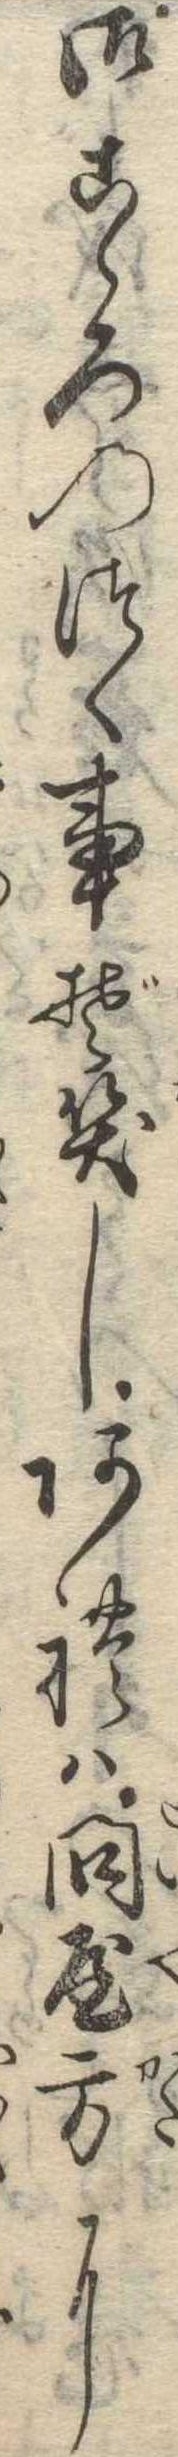
御こゝろのつく事ぞ笑しあれは問屋方に